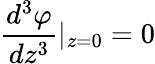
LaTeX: {\frac{d^{3}\varphi}{dz^{3}}}|_{z=0}=0